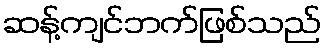
ဆန့်ကျင်ဘက်ဖြစ်သည်